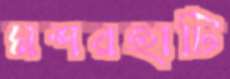
মশরহাটি